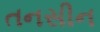
તનસીન